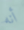
أنه